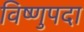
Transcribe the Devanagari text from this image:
विष्‍णुपदा